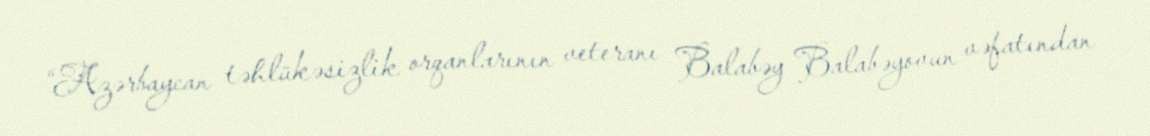
“Azərbaycan təhlükəsizlik orqanlarının veteranı Balabəy Balabəyovun vəfatından